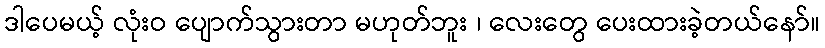
ဒါပေမယ့် လုံးဝ ပျောက်သွားတာ မဟုတ်ဘူး ၊ လေးတွေ ပေးထားခဲ့တယ်နော်။